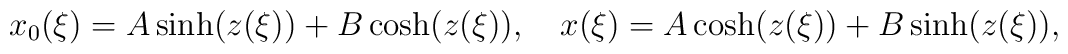
x_0(\xi) = A \sinh(z(\xi)) + B \cosh(z(\xi)), \quad x(\xi) = A \cosh(z(\xi)) + B \sinh(z(\xi)),